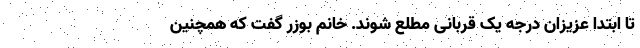
تا ابتدا عزیزان درجه یک قربانی مطلع شوند. خانم بوزر گفت که همچنین